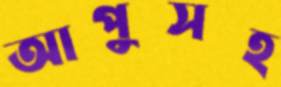
আপুসহ